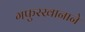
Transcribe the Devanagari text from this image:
गफुरखानाने